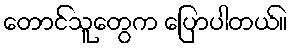
တောင်သူတွေက ပြောပါတယ်။